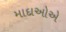
માદાઓએ